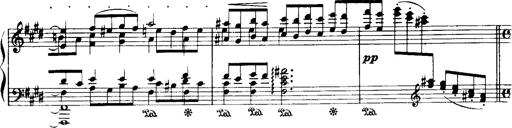
Title: Historische ungarische Bildnisse
Composer: Franz Liszt